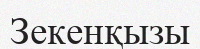
Зекенқызы